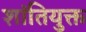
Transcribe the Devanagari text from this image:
शांतियुक्त